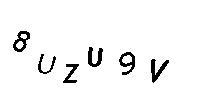
8UZU9V